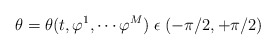
\begin{align*}\theta=\theta(t,\varphi^{1}, \cdots \varphi^M) \; \epsilon \; (-\pi/2,+\pi/2)\end{align*}